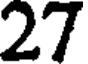
27